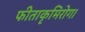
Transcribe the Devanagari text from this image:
फीताकृमिरोग।